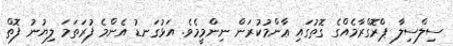
ސިލްސިލާ ޕްރޮގްރާމެއްގެ ގޮތުގައި ޢާންމުކުރަން ނިންމީމެވެ. އަޅުގަނޑު އެންމެ ފުރަތަމަ ލިޔުނު ފޮތް